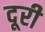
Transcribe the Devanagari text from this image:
दूरी